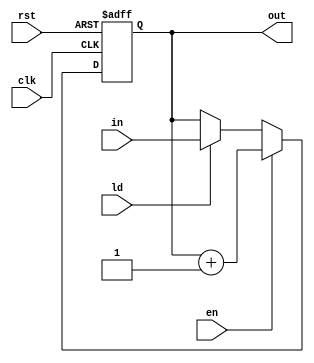
module pc(
    input clk,
    input ld,
    input en,
    input rst,
    input [3:0] in,
    output [3:0] out
    );
reg [3:0] program_counter=0;
always@(posedge clk or posedge rst)
begin
if(rst)
program_counter<=0;
else if(en)
program_counter<=program_counter+1;
else if(ld)
program_counter<=in;
end
assign out=program_counter;
endmodule